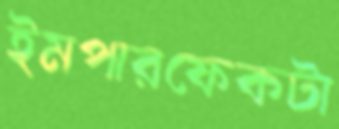
ইমপারফেকটা